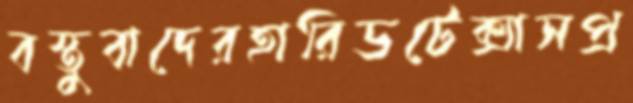
বস্তুবাদেরহারিডটেক্সাসপ্র